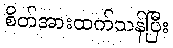
စိတ်အားထက်သန်ပြီး